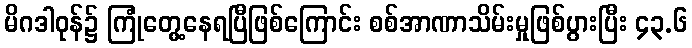
မိဂဒါဝုန်၌ ကြုံတွေ့နေရပြီဖြစ်ကြောင်း စစ်အာဏာသိမ်းမှုဖြစ်ပွားပြီး ၄၃.၆